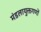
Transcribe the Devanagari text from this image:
मंडलायुक्तगणों